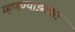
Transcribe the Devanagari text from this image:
म्हणण्याइतपत